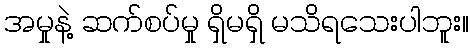
အမှုနဲ့ ဆက်စပ်မှု ရှိမရှိ မသိရသေးပါဘူး။